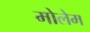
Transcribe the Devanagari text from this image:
मोलेम